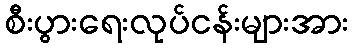
စီးပွားရေးလုပ်ငန်းများအား